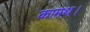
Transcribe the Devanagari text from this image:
कामथ।